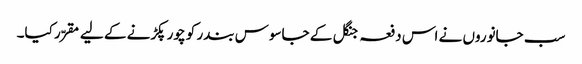
سب جانوروں نے اس دفعہ جنگل کے جاسوس بندر کو چور پکڑنے کے لیے مقرّر کیا۔